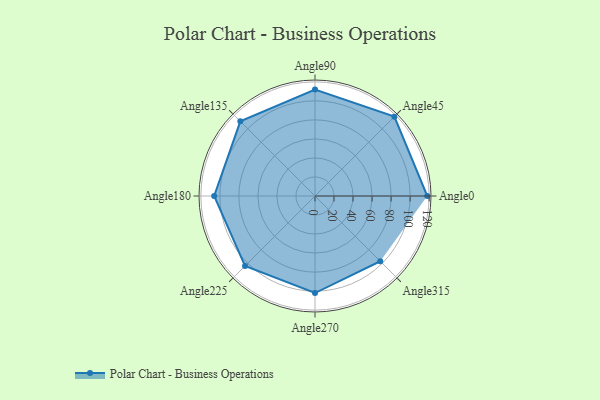
{"axis": {"x": "Angle", "y": "Radius"}, "legend": [""], "data": [{"x": "Angle0", "y": 118.0, "type": ""}, {"x": "Angle45", "y": 118.0, "type": ""}, {"x": "Angle90", "y": 112.0, "type": ""}, {"x": "Angle135", "y": 111.0, "type": ""}, {"x": "Angle180", "y": 106.0, "type": ""}, {"x": "Angle225", "y": 104.0, "type": ""}, {"x": "Angle270", "y": 102.0, "type": ""}, {"x": "Angle315", "y": 97.0, "type": ""}]}